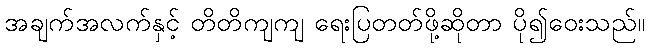
အချက်အလက်နှင့် တိတိကျကျ ရေးပြတတ်ဖို့ဆိုတာ ပို၍ဝေးသည်။